Vaccination in Burma 1920-1933 - 1920-1933
Year: 1920
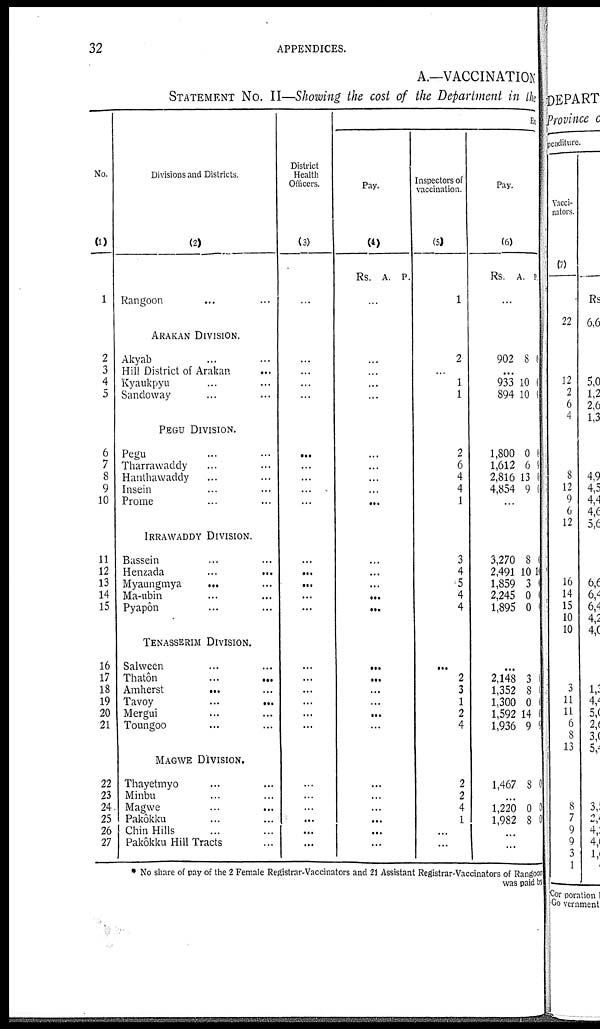
32
APPENDICES.
A.—VACCINATION
STATEMENT No. II—Showing the cost of the Department in the
No.
(1)
1
2
3
4
5
6
7
8
9
10
11
12
13
14
15
16
17
18
19
20
21
22
23
24
25
26
27
Divisions and Districts.
(2)
Rangoon... ...
ARAKAN DIVISION.
Akyab... ... ...
Hill District of Arakan... ...
Kyaukpyu... ... ...
Sandoway... ... ...
PEGU DIVISION.
Pegu... ... ...
Tharrawaddy... ... ...
Hanthawaddy... ... ...
Insein... ... ...
Prome... ... ...
IRRAWADDY DIVISION.
Bassein... ... ...
Henzada...
...
...
Myaungmya ... ... ...
Ma-ubin... ... ...
Pyapôn... ... ...
TENASSERIM DIVISION.
Salween... ... ...
Thatôn... ... ...
Amherst...
...
...
Tavoy
...
...
...
Mergui... ... ...
Toungoo... ... ...
MAGWE DIVISION.
Thayetmyo... ... ...
Minbu... ... ...
Magwe...
...
...
Pakôkku... ... ...
Chin Hills... ... ...
Pakôkku Hill Tracts... ... ...
District
Health
Officers.
(3)
...
...
...
...
...
...
...
...
...
...
...
...
...
...
...
...
...
...
...
...
...
...
...
...
...
...
...
Ex
Pay.
(4)
Rs. A. P.
...
...
...
...
...
...
...
...
...
...
...
...
...
...
...
...
...
...
...
...
...
...
...
...
...
...
...
Inspectors of
vaccination.
(5)
1
2
...
1
1
2
6
4
4
1
3
4
5
4
4
...
2
3
1
2
4
2
2
4
1
...
...
Pay.
(6)
Rs. A. P
...
902 8 0
...
933
894
10
10 1
1,800
1,612
2,816
4,854
0
6
13
9
...
3,270
2,491
1,859
2,245
1,895
8
10
3
0
0
10
6
0
...
2,148
1,352
1,300
1,592
1,936
3
8
0
14
9
0
1,467 8 0
...
1,220
1,982
0
8
0
0
...
...
* No share of pay of the 2 Female Registrar-Vaccinators and 21 Assistant Registrar-Vaccinators of Rangoon
was paid by